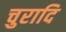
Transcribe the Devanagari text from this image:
चुरादि